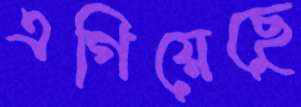
এগিয়েছে